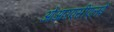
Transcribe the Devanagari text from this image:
ओआरएसीएलई